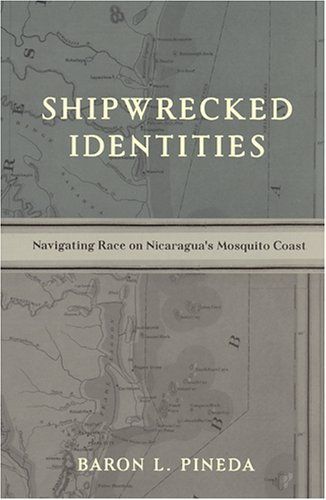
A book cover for Shipwrecked Identities: Navigating Race on Nicaragua's Mosquito Coast; Travel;